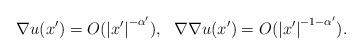
LaTeX: \begin{align*}\nabla u(x')=O(\left|x'\right|^{-\alpha'}), \ \ \nabla\nabla u(x')=O(\left|x'\right|^{-1-\alpha'}).\end{align*}